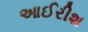
આઈરીશ